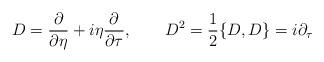
LaTeX: \begin{align*}D={\partial\over{\partial\eta}}+i\eta{\partial\over{\partial\tau}},\qquad D^2={1\over 2}\{D,D\}=i\partial_\tau\end{align*}